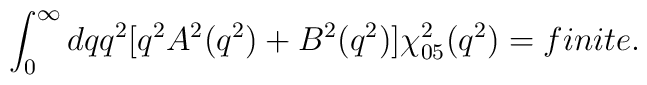
\int_{0}^{\infty }dqq^{2}\lbrack q^{2}A^{2}(q^{2})+B^{2}(q^{2})\rbrack \chi_{05}^{2}(q^{2})=finite.